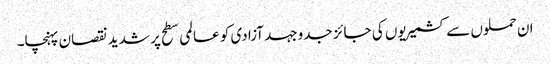
ان حملوں سے کشمیریوں کی جائز جدوجہد آزادی کو عالمی سطح پر شدید نقصان پہنچا۔